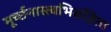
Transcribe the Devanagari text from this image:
मूर्च्छनास्त्वभिसंज्ञिता